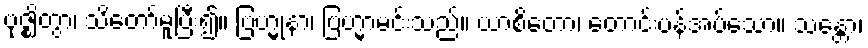
ဗုဇ္ဈိတွာ၊ သိတော်မူပြီး၍။ ဗြဟ္မုနာ၊ ဗြဟ္မာမင်းသည်။ ယာစိတော၊ တောင်းပန်အပ်သော။ သန္တော၊